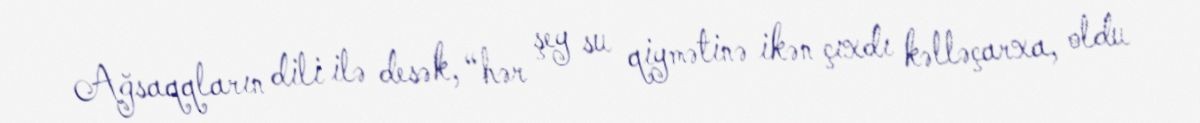
Ağsaqqların dili ilə desək, “hər şey su qiymətinə ikən çıxdı kəlləçarxa, oldu